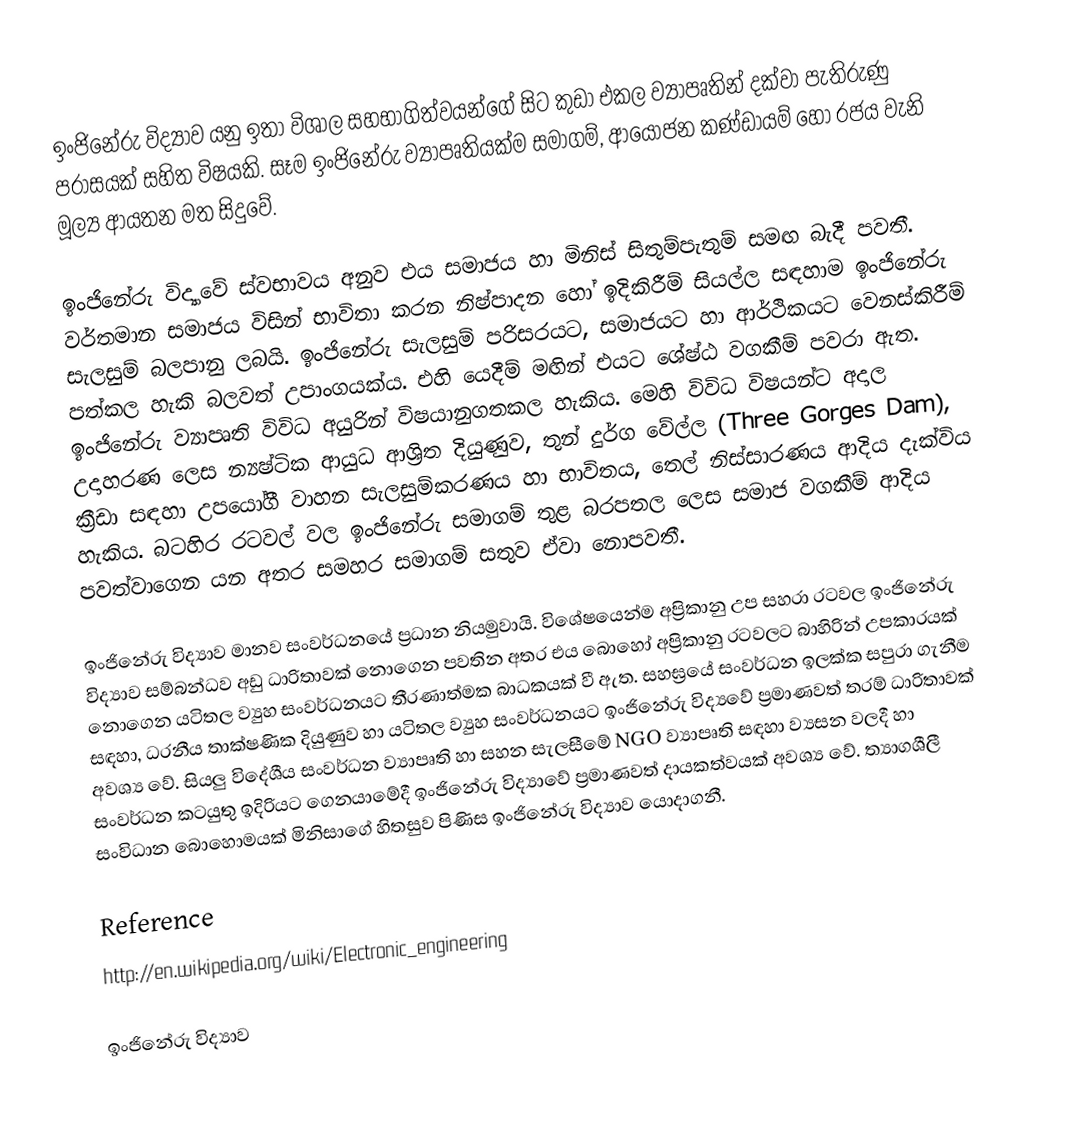
ඉංජිනේරු විද්‍යාව යනු ඉතා විශාල සහභාගිත්වයන්ගේ සිට කුඩා එකල ව්‍යාපෘතින් දක්වා පැතිරුණු පරාසයක් සහිත විෂයකි.  සෑම ඉංජිනේරු ව්‍යාපෘතියක්ම සමාගම්, ආයෝජන කණ්ඩායම් හෝ රජය වැනි මූල්‍ය ආයතන මත සිදුවේ.

ඉංජිනේරු විද්‍යාවේ ස්වභාවය අනුව එය සමාජය හා මිනිස් සිතුම්පැතුම් සමඟ බැදී පවතී.   වර්තමාන සමාජය විසින් භාවිතා කරන නිෂ්පාදන හෝ ඉදිකිරීම් සියල්ල සඳහාම ඉංජිනේරු සැලසුම් බලපානු ලබයි.  ඉංජිනේරු සැලසුම් පරිසරයට, සමාජයට හා ආර්ථිකයට වෙනස්කිරීම් පත්කල හැකි බලවත් උපාංගයක්ය.  එහි යෙදීම් මඟින් එයට ශේෂ්ඨ වගකීම් පවරා ඇත.  ඉංජිනේරු ව්‍යාපෘති විවිධ අයුරින් විෂයානුගතකල හැකිය.  මෙහි විවිධ විෂයන්ට අදාල උදාහරණ ලෙස න්‍යෂ්ටික ආයුධ ආශ්‍රිත දියුණුව, තුන් දුර්ග වේල්ල (Three Gorges Dam), ක්‍රීඩා සඳහා උපයෝගී වාහන සැලසුම්කරණය හා භාවිතය, තෙල් නිස්සාරණය ආදිය දැක්විය හැකිය.  බටහිර රටවල් වල ඉංජිනේරු සමාගම් තුළ බරපතල ලෙස සමාජ වගකීම් ආදිය පවත්වාගෙන යන අතර සමහර සමාගම් සතුව ඒවා නොපවතී.

ඉංජිනේරු විද්‍යාව මානව සංවර්ධනයේ ප්‍රධාන නියමුවායි.  විශේෂයෙන්ම අප්‍රිකානු උප සහරා රටවල ඉංජිනේරු විද්‍යාව සම්බන්ධව අඩු ධාරිතාවක් නොගෙන පවතින අතර එය බොහෝ අප්‍රිකානු රටවලට බාහිරින් උපකාරයක් නොගෙන යටිතල ව්‍යුහ සංවර්ධනයට තීරණාත්මක බාධකයක් වී ඇත.  සහඝ්‍රයේ සංවර්ධන ඉලක්ක සපුරා ගැනීම සඳහා, ධරනීය තාක්ෂණික දියුණුව හා යටිතල ව්‍යුහ සංවර්ධනයට ඉංජිනේරු විද්‍යවේ ප්‍රමාණවත් තරම් ධාරිතාවක් අවශ්‍ය වේ.  සියලු විදේශීය සංවර්ධන ව්‍යාපෘති හා සහන සැලසීමේ NGO ව්‍යාපෘති සඳහා ව්‍යසන වලදී හා සංවර්ධන කටයුතු ඉදිරියට ගෙනයාමේදී ඉංජිනේරු විද්‍යාවේ ප්‍රමාණවත් දායකත්වයක් අවශ්‍ය වේ.  ත්‍යාගශීලී සංවිධාන බොහොමයක් මිනිසාගේ හිතසුව පිණිස ඉංජිනේරු විද්‍යාව යොදාගනී.

Reference
http://en.wikipedia.org/wiki/Electronic_engineering

ඉංජිනේරු විද්‍යාව